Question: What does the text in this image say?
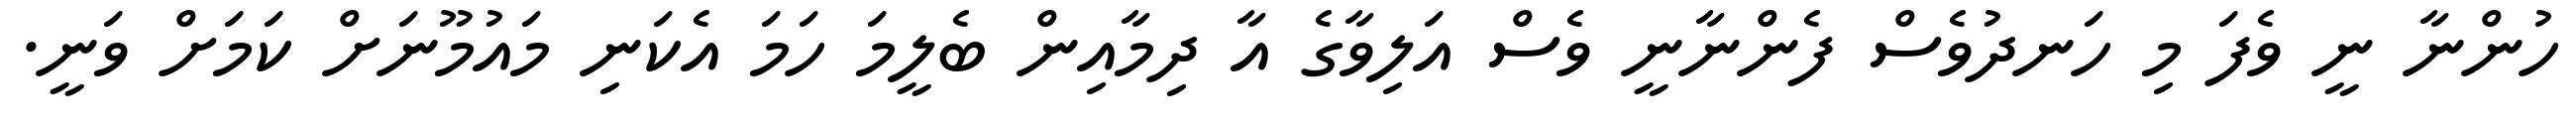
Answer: ހުންނާ ނީ ވެފަ މި ހަނދުވެސް ފެންނާނީ ވެސް އަލިވާގެ އާ ދިމާއިން ބެލީމަ ހަމަ އެކަނި މައުމޫނަށް ކަމަށް ވަނީ.